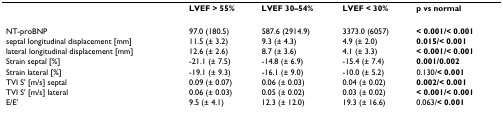
|  | LVEF > 55% | LVEF 30–54% | LVEF < 30% | p vs normal |
 | --- | --- | --- | --- | --- |
 | NT-proBNP | 97.0 (180.5) | 587.6 (2914.9) | 3373.0 (6057) | < 0.001/< 0.001 |
 | septal longitudinal displacement [mm] | 11.5 (± 3.2) | 9.3 (± 4.3) | 4.9 (± 2.0) | 0.015/< 0.001 |
 | lateral longitudinal displacement [mm] | 12.6 (± 2.6) | 8.7 (± 3.6) | 4.1 (± 3.3) | < 0.001/< 0.001 |
 | Strain septal [%] | -21.1 (± 7.5) | -14.8 (± 6.9) | -15.4 (± 7.4) | 0.001/0.002 |
 | Strain lateral [%] | -19.1 (± 9.3) | -16.1 (± 9.0) | -10.0 (± 5.2) | 0.130/< 0.001 |
 | TVI S' [m/s] septal | 0.09 (± 0.07) | 0.06 (± 0.03) | 0.04 (± 0.02) | 0.002/< 0.001 |
 | TVI S' [m/s] lateral | 0.06 (± 0.03) | 0.05 (± 0.02) | 0.03 (± 0.02) | < 0.001/< 0.001 |
 | E/E' | 9.5 (± 4.1) | 12.3 (± 12.0) | 19.3 (± 16.6) | 0.063/< 0.001 |